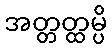
အတ္တတ္ထမ္ပိ